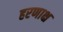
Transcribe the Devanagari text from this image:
हरणाक्ष